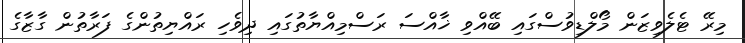
މިރޭ ޓެލެވިޒަން މޯލްޑިވުސްގައި ބޭއްވި ޚާއްސަ ރަސްމިއްޔާތުގައި ދިވެހި ރައްޔިތުންގެ ފަރާތުން ގާޒާގެ